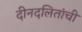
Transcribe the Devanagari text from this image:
दीनदलितांची